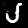
Digit: 5